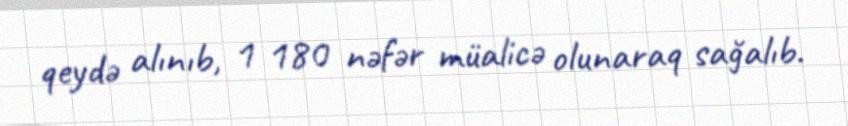
qeydə alınıb, 1 180 nəfər müalicə olunaraq sağalıb.